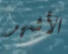
الأشهر